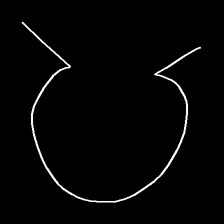
Glyph: weave